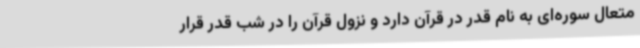
متعال سوره‌ای به نام قدر در قرآن دارد و نزول قرآن را در شب قدر قرار